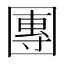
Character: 團